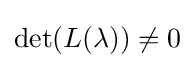
\det(L(\lambda ))\neq 0